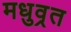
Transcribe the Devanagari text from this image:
मधुव्रत